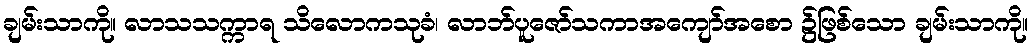
ချမ်းသာကို။ လာသသက္ကာရ သိလောကသုခံ၊ လာဘ်ပူဇော်သကာအကျော်အစော ၌ဖြစ်သော ချမ်းသာကို။